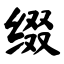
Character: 缀